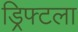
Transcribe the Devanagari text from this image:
ड्रिफ्टला